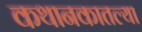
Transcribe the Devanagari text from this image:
कथानकातल्या